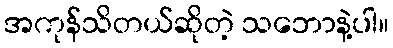
အကုန်သိတယ်ဆိုတဲ့ သဘောနဲ့ပါ။